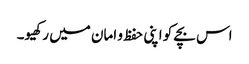
اس بچے کو اپنی حفظ و امان میں رکھیو۔